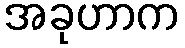
အခုဟာက